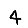
Digit: 4